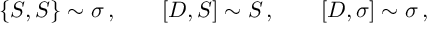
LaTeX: \{ S , S \} \sim \sigma \, , \qquad [ D , S ] \sim S \, , \qquad [ D , \sigma ] \sim \sigma \, ,